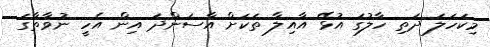
މިކަހަލަ ދަތި ހާލުގަ އުޅޭ އާއިލާ ތަކަށް އާސަންދަ އިން އެހީ ނުވާތާގަ